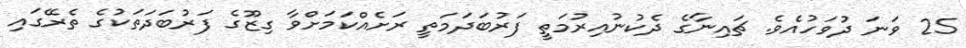
25 ވަނަ ދުވަހުއެވެ. ޗައިނާގެ ދެކުނުއިރުމަތީ ފަރުބަދަމަތީ ރަށެއްކަމަށްވާ ގިޒޫގެ ފަރުބަދަތަކުގެ ތެރޭގައި